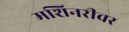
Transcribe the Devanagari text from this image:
मशिनरीवर